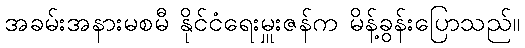
အခမ်းအနားမစမီ နိုင်ငံရေးမှူးဇန်က မိန့်ခွန်းပြောသည်။